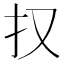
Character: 𭠎